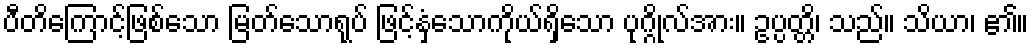
ပီတိကြောင့်ဖြစ်သော မြတ်သောရုပ် ဖြင့်နှံ့သောကိုယ်ရှိသော ပုဂ္ဂိုလ်အား။ ဥပ္ပတ္တိ၊ သည်။ သိယာ၊ ၏။